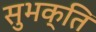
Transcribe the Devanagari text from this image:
सुभक्ति